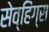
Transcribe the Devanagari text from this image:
सेव्हिंग्स